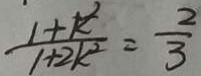
\frac { 1 + k ^ { 2 } } { 1 + 2 k ^ { 2 } } = \frac { 2 } { 3 }